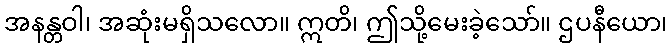
အနန္တဝါ၊ အဆုံးမရှိသလော။ ဣတိ၊ ဤသို့မေးခဲ့သော်။ ဌပနီယော၊